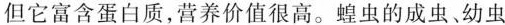
但它富含蛋白质，营养价值很高。蝗虫的成虫、幼虫